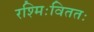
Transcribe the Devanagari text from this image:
रश्मिःविततः